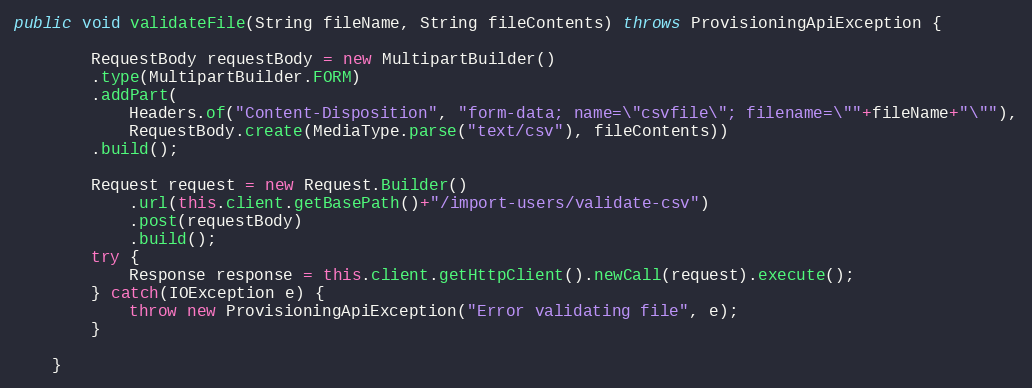
Language: Java
public void validateFile(String fileName, String fileContents) throws ProvisioningApiException {

		RequestBody requestBody = new MultipartBuilder()
		.type(MultipartBuilder.FORM)
		.addPart(
		  	Headers.of("Content-Disposition", "form-data; name=\"csvfile\"; filename=\""+fileName+"\""),
		  	RequestBody.create(MediaType.parse("text/csv"), fileContents))
		.build();

 		Request request = new Request.Builder()
			.url(this.client.getBasePath()+"/import-users/validate-csv")
			.post(requestBody)
			.build();
		try {
			Response response = this.client.getHttpClient().newCall(request).execute();
		} catch(IOException e) {
			throw new ProvisioningApiException("Error validating file", e);
		}

	}